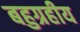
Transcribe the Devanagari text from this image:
बहुग्रहीय